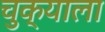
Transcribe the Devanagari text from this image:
चुक्याला